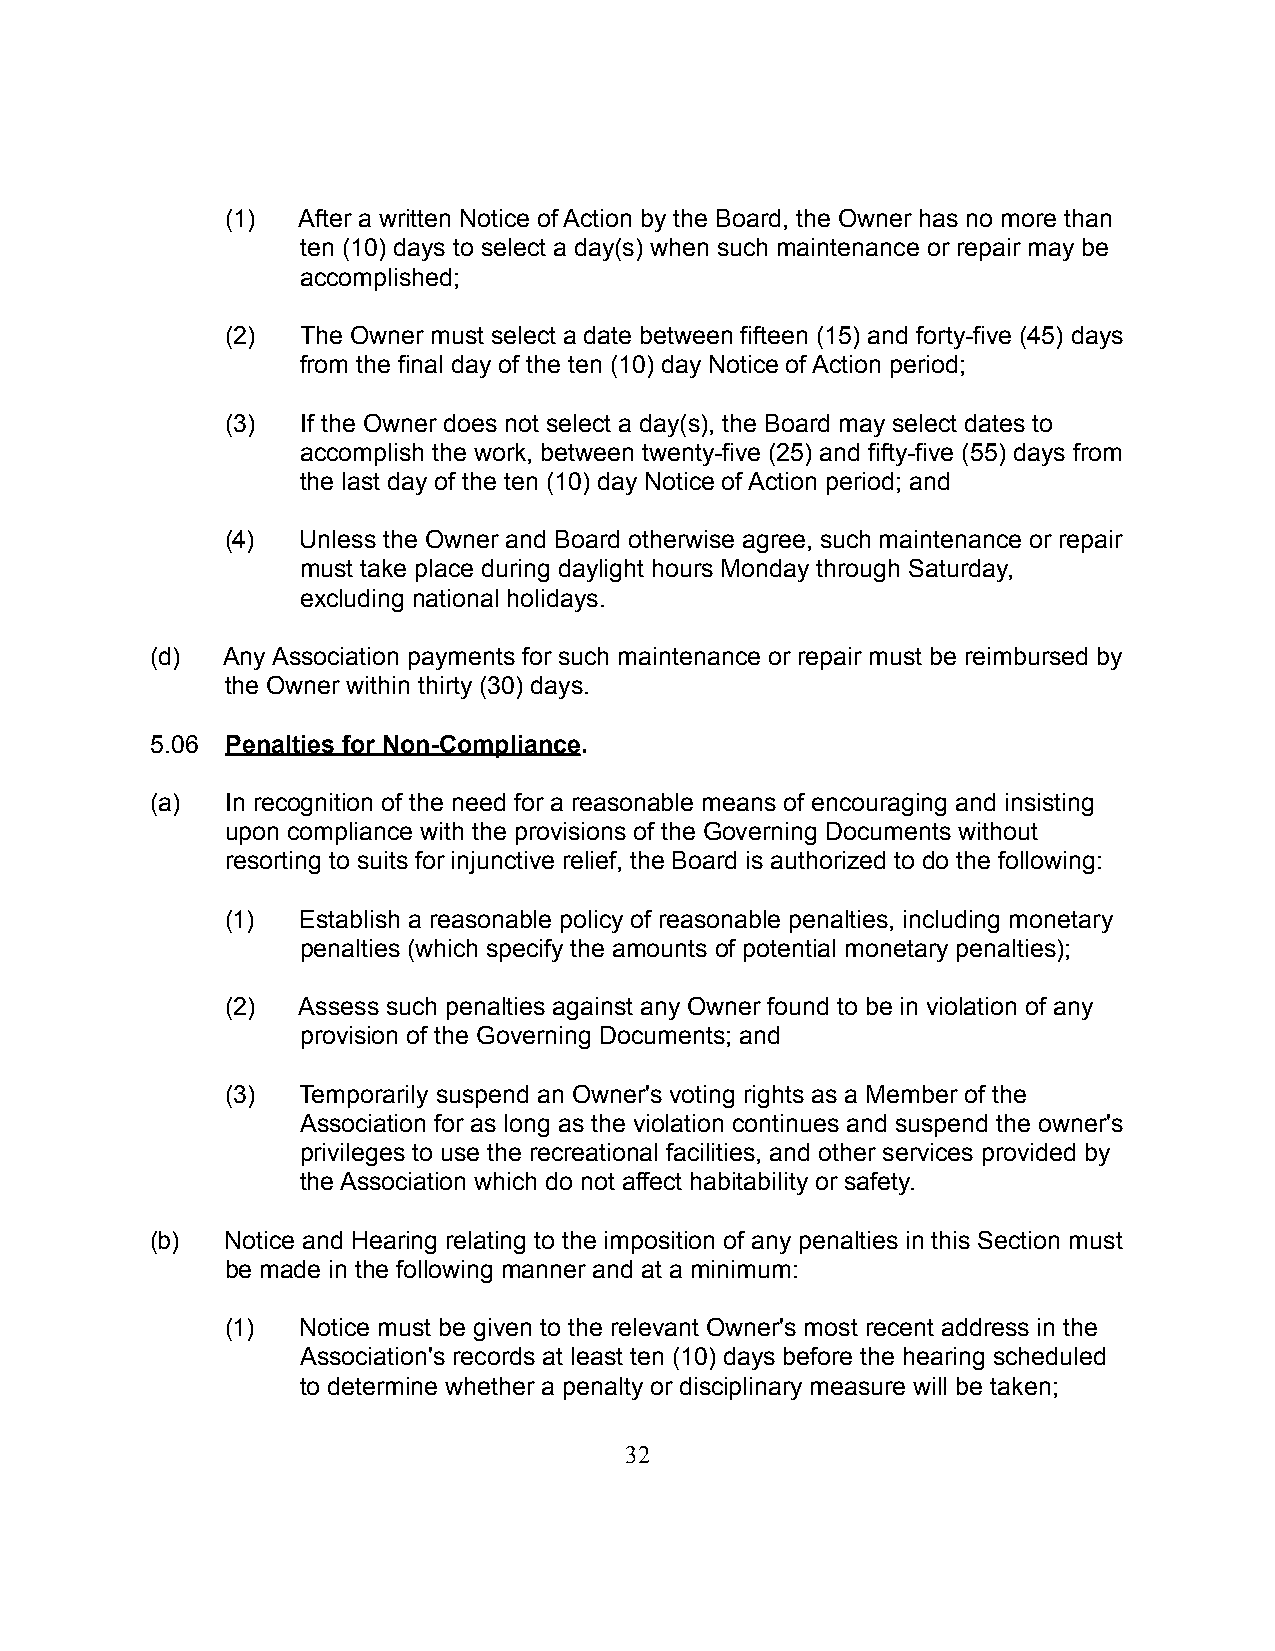
(1)  After a written Notice of Action by the Board, the Owner has no more than
 ten (10) days to select a day(s) when such maintenance or repair may be
 accomplished;
 (2)  The Owner must select a date between fifteen (15) and forty-five (45) days
 from the final day of the ten (10) day Notice of Action period;
 (3)  If the Owner does not select a day(s), the Board may select dates to
 accomplish the work, between twenty-five (25) and fifty-five (55) days from
 the last day of the ten (10) day Notice of Action period; and
 (4)  Unless the Owner and Board otherwise agree, such maintenance or repair
 must take place during daylight hours Monday through Saturday,
 excluding national holidays.
 (d)  Any Association payments for such maintenance or repair must be reimbursed by
 the Owner within thirty (30) days.
 5.06 Penalties for Non-Compliance.
 (a)  In recognition of the need for a reasonable means of encouraging and insisting
 upon compliance with the provisions of the Governing Documents without
 resorting to suits for injunctive relief, the Board is authorized to do the following:
 (1)  Establish a reasonable policy of reasonable penalties, including monetary
 penalties (which specify the amounts of potential monetary penalties);
 (2)  Assess such penalties against any Owner found to be in violation of any
 provision of the Governing Documents; and
 (3)  Temporarily suspend an Owner's voting rights as a Member of the
 Association for as long as the violation continues and suspend the owner's
 privileges to use the recreational facilities, and other services provided by
 the Association which do not affect habitability or safety.
 (b)  Notice and Hearing relating to the imposition of any penalties in this Section must
 be made in the following manner and at a minimum:
 (1)  Notice must be given to the relevant Owner's most recent address in the
 Association's records at least ten (10) days before the hearing scheduled
 to determine whether a penalty or disciplinary measure will be taken;
 32